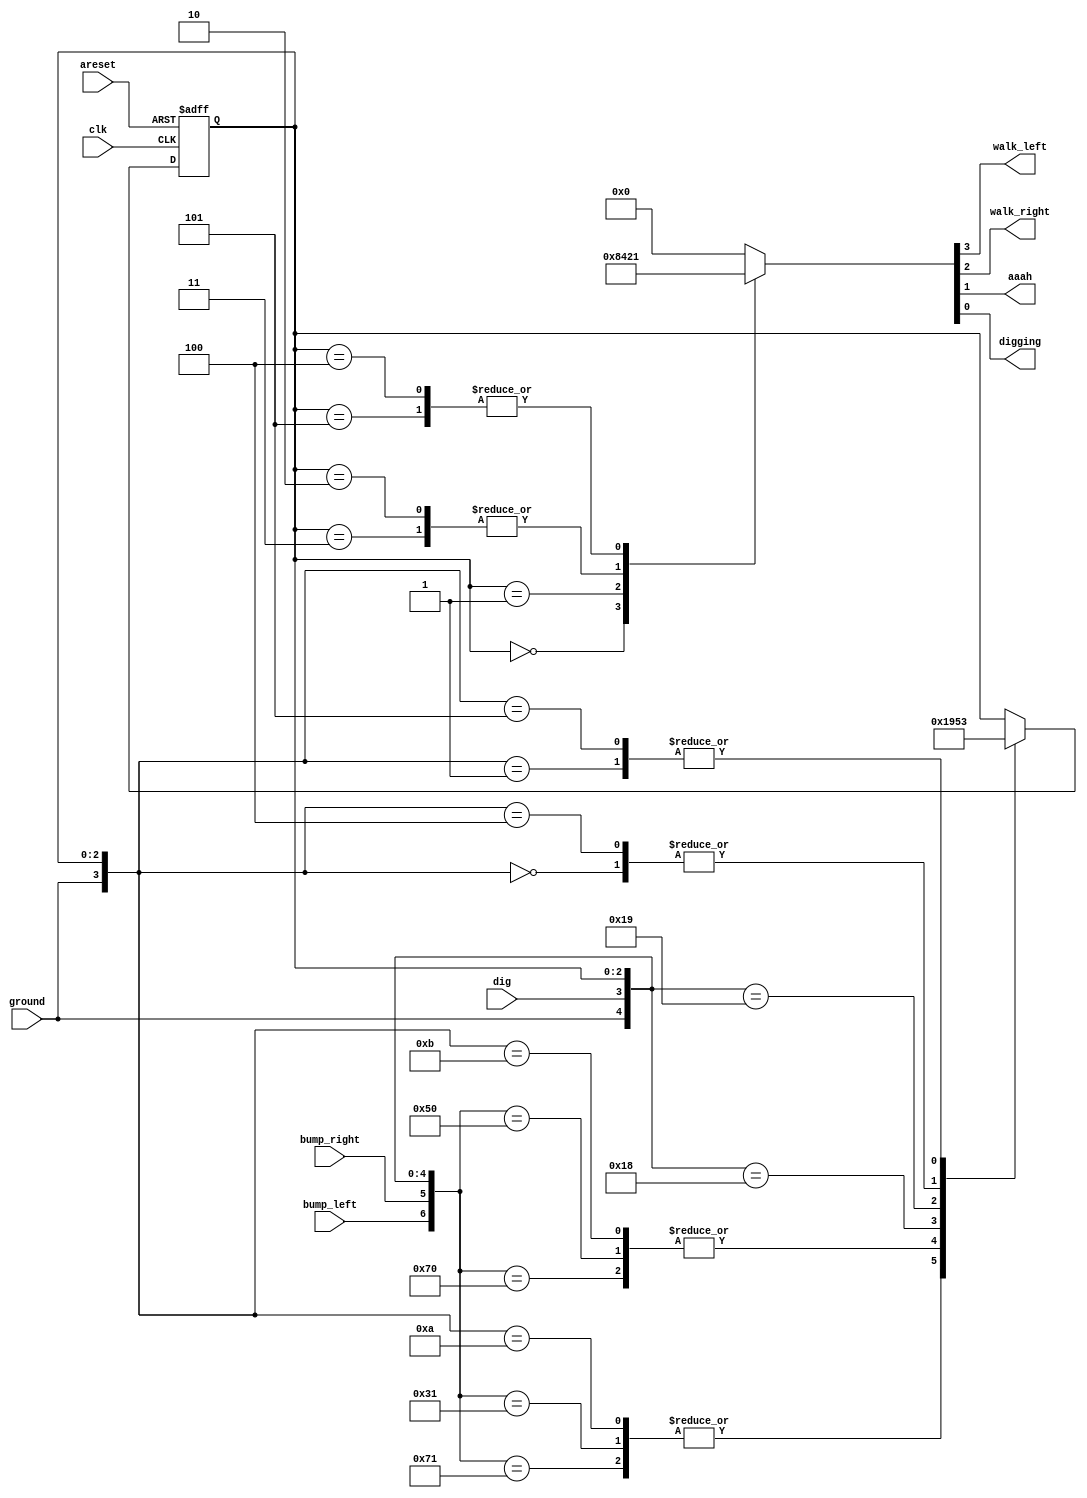
/*

Copyright 2022 Marc Ketel
SPDX-License-Identifier: Apache-2.0

*/

`default_nettype none

module top_module (
    input  wire clk,
    input  wire areset,
    input  wire bump_left,
    input  wire bump_right,
    input  wire ground,
    input  wire dig,
    output reg  walk_left,
    output reg  walk_right,
    output reg  aaah,
    output reg  digging
);

  parameter LEFT = 3'h0, RIGHT = 3'h1, FALL_L = 3'h2, FALL_R = 3'h3, DIGG_L = 3'h4, DIGG_R = 3'h5;
  reg [2:0] state = LEFT, next_state;

  parameter GROUND_DIG = 2'b11;
  parameter GROUND_SOLID = 2'b10;
  parameter GROUND_SOLID_WHILE_FALLING = 2'b1z;
  parameter GROUND_ABSENT = 2'b0z;
  parameter BUMP_BOTH = 2'b11;
  parameter BUMP_LEFT = 2'b10;
  parameter BUMP_RIGHT = 2'b01;
  parameter BUMP_IGNORE = 2'bzz;

  parameter VOICE_AAAAAH = 1'b1;
  parameter VOICE_SILENT = 1'b0;
  parameter ACTION_DIGGING = 1'b1;
  parameter ACTION_NOTDIGGIN = 1'b0;

  //Determine next state.
  always @(*) begin
    casez ({
      bump_left, bump_right, ground, dig, state
    })
      {BUMP_BOTH, GROUND_SOLID, LEFT} :                   next_state = RIGHT;
      {BUMP_BOTH, GROUND_SOLID, RIGHT} :                  next_state = LEFT;
      {BUMP_LEFT, GROUND_SOLID, LEFT} :                   next_state = RIGHT;
      {BUMP_RIGHT, GROUND_SOLID, RIGHT} :                 next_state = LEFT;
      {BUMP_IGNORE, GROUND_ABSENT, LEFT} :                next_state = FALL_L;
      {BUMP_IGNORE, GROUND_ABSENT, RIGHT} :               next_state = FALL_R;
      {BUMP_IGNORE, GROUND_SOLID_WHILE_FALLING, FALL_L} : next_state = LEFT;
      {BUMP_IGNORE, GROUND_SOLID_WHILE_FALLING, FALL_R} : next_state = RIGHT;
      {BUMP_IGNORE, GROUND_DIG, LEFT} :                   next_state = DIGG_L;
      {BUMP_IGNORE, GROUND_DIG, RIGHT} :                  next_state = DIGG_R;
      {BUMP_IGNORE, GROUND_ABSENT, DIGG_L} :              next_state = FALL_L;
      {BUMP_IGNORE, GROUND_ABSENT, DIGG_R} :              next_state = FALL_R;
      default:                                              next_state = state;
    endcase
  end

  //State transition.
  always @(posedge clk, posedge areset) begin
    if (areset) state <= LEFT;
    else if (clk) begin
      state <= next_state;
    end
  end

  //Determine output.
  always @(*) begin
    case (state)
      LEFT: {walk_left, walk_right, aaah, digging} = {2'b10, VOICE_SILENT, ACTION_NOTDIGGIN};
      RIGHT: {walk_left, walk_right, aaah, digging} = {2'b01, VOICE_SILENT, ACTION_NOTDIGGIN};
      FALL_L, FALL_R:
      {walk_left, walk_right, aaah, digging} = {2'b00, VOICE_AAAAAH, ACTION_NOTDIGGIN};
      DIGG_L, DIGG_R:
      {walk_left, walk_right, aaah, digging} = {2'b00, VOICE_SILENT, ACTION_DIGGING};
      default: {walk_left, walk_right, aaah, digging} = {2'b00, VOICE_SILENT, ACTION_NOTDIGGIN};
    endcase
  end
endmodule